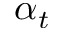
\alpha _ { t }